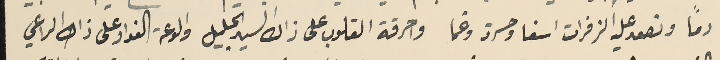
دما وتصعد عليه الزفرات اسفا وحسرة وغما واحرقة القلوب على ذاك السَيد الجليل والوعة الفواد على ذك الراعي